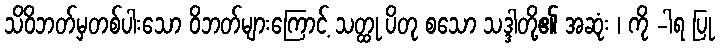
သိဝိဘတ်မှတစ်ပါးသော ဝိဘတ်များကြောင့် သတ္ထု ပိတု စသော သဒ္ဒါတို့၏ အဆုံး ၊ ကို -ါရ ပြု